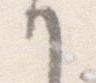
か